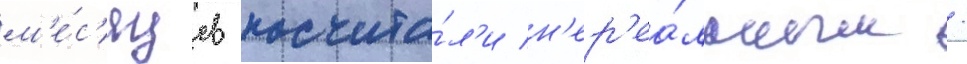
м'е́с'яцев посчита́л'и н'ер'еа́льным /